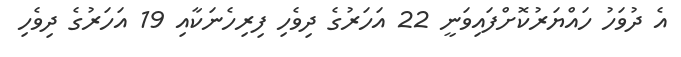
އެ ދުވަހު ހައްޔަރުކޮށްފައިވަނީ 22 އަހަރުގެ ދިވެހި ފިރިހެނަކާއި 19 އަހަރުގެ ދިވެހި